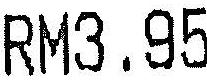
RM3.95